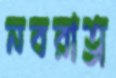
নবরাত্র